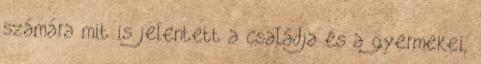
számára mit is jelentett a családja és a gyermekei,